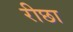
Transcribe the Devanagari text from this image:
रीछा